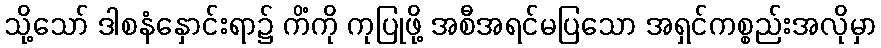
သို့သော် ဒါစနံနှောင်းရာ၌ ကိံကို ကုပြုဖို့ အစီအရင်မပြသော အရှင်ကစ္စည်းအလိုမှာ